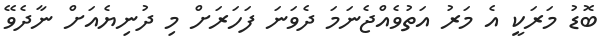
ބޮޑު މަރަކީ އެ މަރު އަތުވެއްޖެނަމަ ދެވަނަ ފަހަރަށް މި ދުނިޔެއަށް ނާދެވޭ